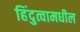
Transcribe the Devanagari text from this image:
हिंदुत्वामधील